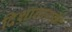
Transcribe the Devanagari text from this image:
दिशानायके